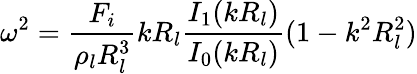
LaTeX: \omega^{2}=\frac{F_{i}}{\rho_{l}R_{l}^{3}}kR_{l}\frac{I_{1}(kR_{l})}{I_{0}(kR_{l})}(1-k^{2}R_{l}^{2})